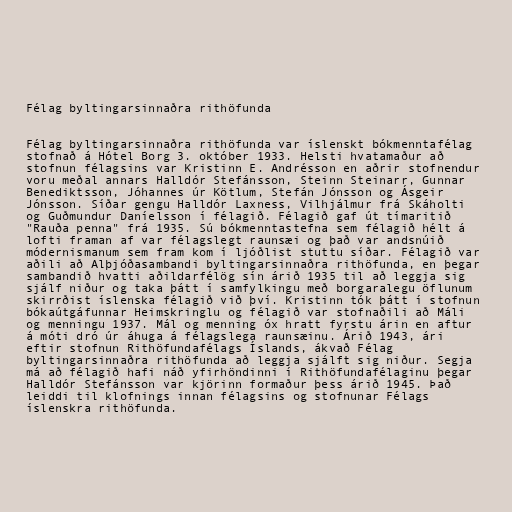
Félag byltingarsinnaðra rithöfunda

Félag byltingarsinnaðra rithöfunda var íslenskt bókmenntafélag
stofnað á Hótel Borg 3. október 1933. Helsti hvatamaður að
stofnun félagsins var Kristinn E. Andrésson en aðrir stofnendur
voru meðal annars Halldór Stefánsson, Steinn Steinarr, Gunnar
Benediktsson, Jóhannes úr Kötlum, Stefán Jónsson og Ásgeir
Jónsson. Síðar gengu Halldór Laxness, Vilhjálmur frá Skáholti
og Guðmundur Daníelsson í félagið. Félagið gaf út tímaritið
"Rauða penna" frá 1935. Sú bókmenntastefna sem félagið hélt á
lofti framan af var félagslegt raunsæi og það var andsnúið
módernismanum sem fram kom í ljóðlist stuttu síðar. Félagið var
aðili að Alþjóðasambandi byltingarsinnaðra rithöfunda, en þegar
sambandið hvatti aðildarfélög sín árið 1935 til að leggja sig
sjálf niður og taka þátt í samfylkingu með borgaralegu öflunum
skirrðist íslenska félagið við því. Kristinn tók þátt í stofnun
bókaútgáfunnar Heimskringlu og félagið var stofnaðili að Máli
og menningu 1937. Mál og menning óx hratt fyrstu árin en aftur
á móti dró úr áhuga á félagslega raunsæinu. Árið 1943, ári
eftir stofnun Rithöfundafélags Íslands, ákvað Félag
byltingarsinnaðra rithöfunda að leggja sjálft sig niður. Segja
má að félagið hafi náð yfirhöndinni í Rithöfundafélaginu þegar
Halldór Stefánsson var kjörinn formaður þess árið 1945. Það
leiddi til klofnings innan félagsins og stofnunar Félags
íslenskra rithöfunda.